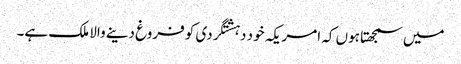
میں سمجھتا ہوں کہ امریکہ خود دہشتگردی کو فروغ دینے والا ملک ہے۔